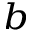
^ { b }